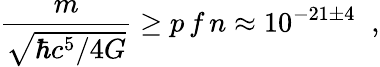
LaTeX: \frac{m}{\sqrt{\hbar c^{5}/4G}}\geq p\, f\, n\approx 10^{-21\pm 4}\; \; ,